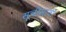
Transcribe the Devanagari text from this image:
सूचीसाठी